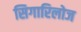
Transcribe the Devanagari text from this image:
सिगारिलोज